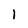
Character: l